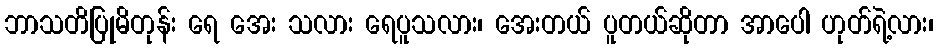
ဘာသတိပြုမိတုန်း ရေ အေး သလား ရေပူသလား၊ အေးတယ် ပူတယ်ဆိုတာ အာပေါ ဟုတ်ရဲ့လား၊